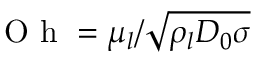
\mathrm { ~ O ~ h ~ } = \mu _ { l } / \sqrt { \rho _ { l } D _ { 0 } \sigma }